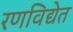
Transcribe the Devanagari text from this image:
रणविद्येत